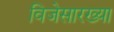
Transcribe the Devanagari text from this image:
विजेसारख्या